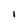
Character: 1